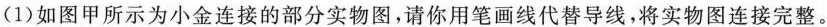
(1)如图甲所示为小金连接的部分实物图，请你用笔画线代替导线，将实物图连接完整。